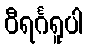
ဝီရင်္ဂရူပါ